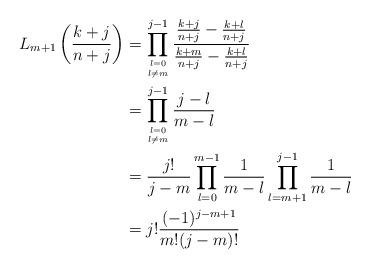
LaTeX: \begin{align*}L_{m+1} \left( \frac{k+j}{n+j} \right) & = \prod_{l=0 \atop l \neq m}^{j-1} \frac{\frac{k+j}{n+j} - \frac{k+l}{n+j}}{\frac{k+m}{n+j} - \frac{k+l}{n+j}} \\& = \prod_{l=0 \atop l \neq m}^{j-1} \frac{j-l}{m-l} \\& = \frac{j!}{j-m} \prod_{l=0}^{m-1} \frac{1}{m-l} \prod_{l=m+1}^{j-1} \frac{1}{m-l} \\& = j! \frac{(-1)^{j-m+1}}{m!(j-m)!}\end{align*}